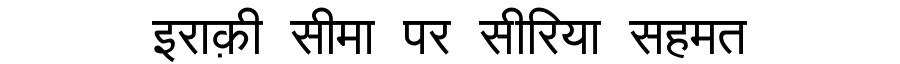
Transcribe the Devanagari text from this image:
इराक़ी सीमा पर सीरिया सहमत